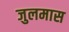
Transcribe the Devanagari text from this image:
जुलमास